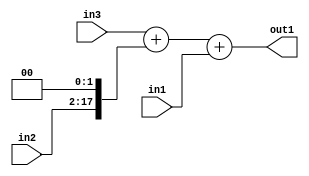
`timescale 1ps / 1ps
/*****************************************************************************
    Verilog RTL Description
    
    
    Created by: Stratus DpOpt 2019.1.01 
*******************************************************************************/

module bn_addr_gen_Add3u16Cati0u16u32_4 (
	in3,
	in2,
	in1,
	out1
	); /* architecture "behavioural" */ 
input [31:0] in3;
input [15:0] in2,
	in1;
output [31:0] out1;
wire [31:0] asc001;
wire [17:0] asc002;

assign asc002 = {in2,2'B00};

wire [31:0] asc001_tmp_0;
assign asc001_tmp_0 = 
	+(in3)
	+(asc002);
assign asc001 = asc001_tmp_0
	+(in1);

assign out1 = asc001;
endmodule

/* CADENCE  uLX3Qw0= : u9/ySgnWtBlWxVPRXgAZ4Og= ** DO NOT EDIT THIS LINE ******/